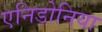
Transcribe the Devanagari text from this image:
एनिडोनिया